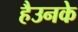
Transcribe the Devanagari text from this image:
हैउनके